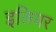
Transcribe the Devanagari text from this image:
इलियर